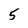
Character: 5